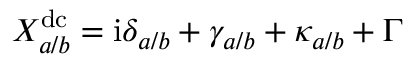
X _ { a / b } ^ { \mathrm { d c } } = \mathrm { i } \delta _ { a / b } + \gamma _ { a / b } + \kappa _ { a / b } + \Gamma